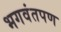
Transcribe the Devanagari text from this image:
भगवंतपण